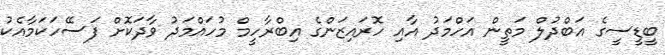
ބީޑީސީގެ އަބްދުލް މަތީން އަހްމަދު އާއި ހޮރައިޒަންގެ އިބްރާހީމް މުހައްމަދު ވާދަކޮށް ފަސޭހަކަމާއެކު